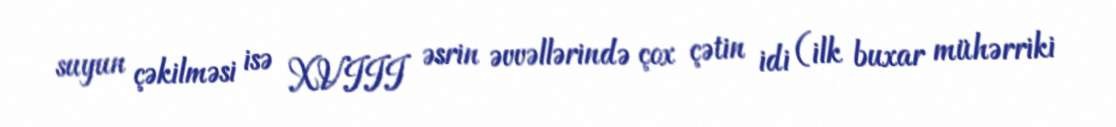
suyun çəkilməsi isə XVIII əsrin əvvəllərində çox çətin idi (ilk buxar mühərriki